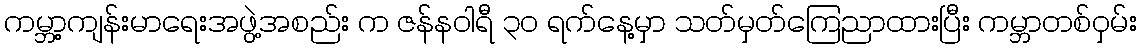
ကမ္ဘာ့ကျန်းမာရေးအဖွဲ့အစည်း က ဇန်နဝါရီ ၃၀ ရက်နေ့မှာ သတ်မှတ်ကြေညာထားပြီး ကမ္ဘာတစ်ဝှမ်း